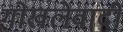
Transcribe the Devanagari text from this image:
गोखलेवादी